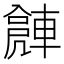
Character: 𨍻